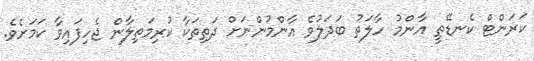
ކަރަންޓް ކެނޑޭތީ އާންމު ހާލަތު ބަދަލުވެ އާންމުންނަށް ދަތިތަކާ ކުރިމަތިލާން ޖެހިފައިވާ ކަމަށެވެ.